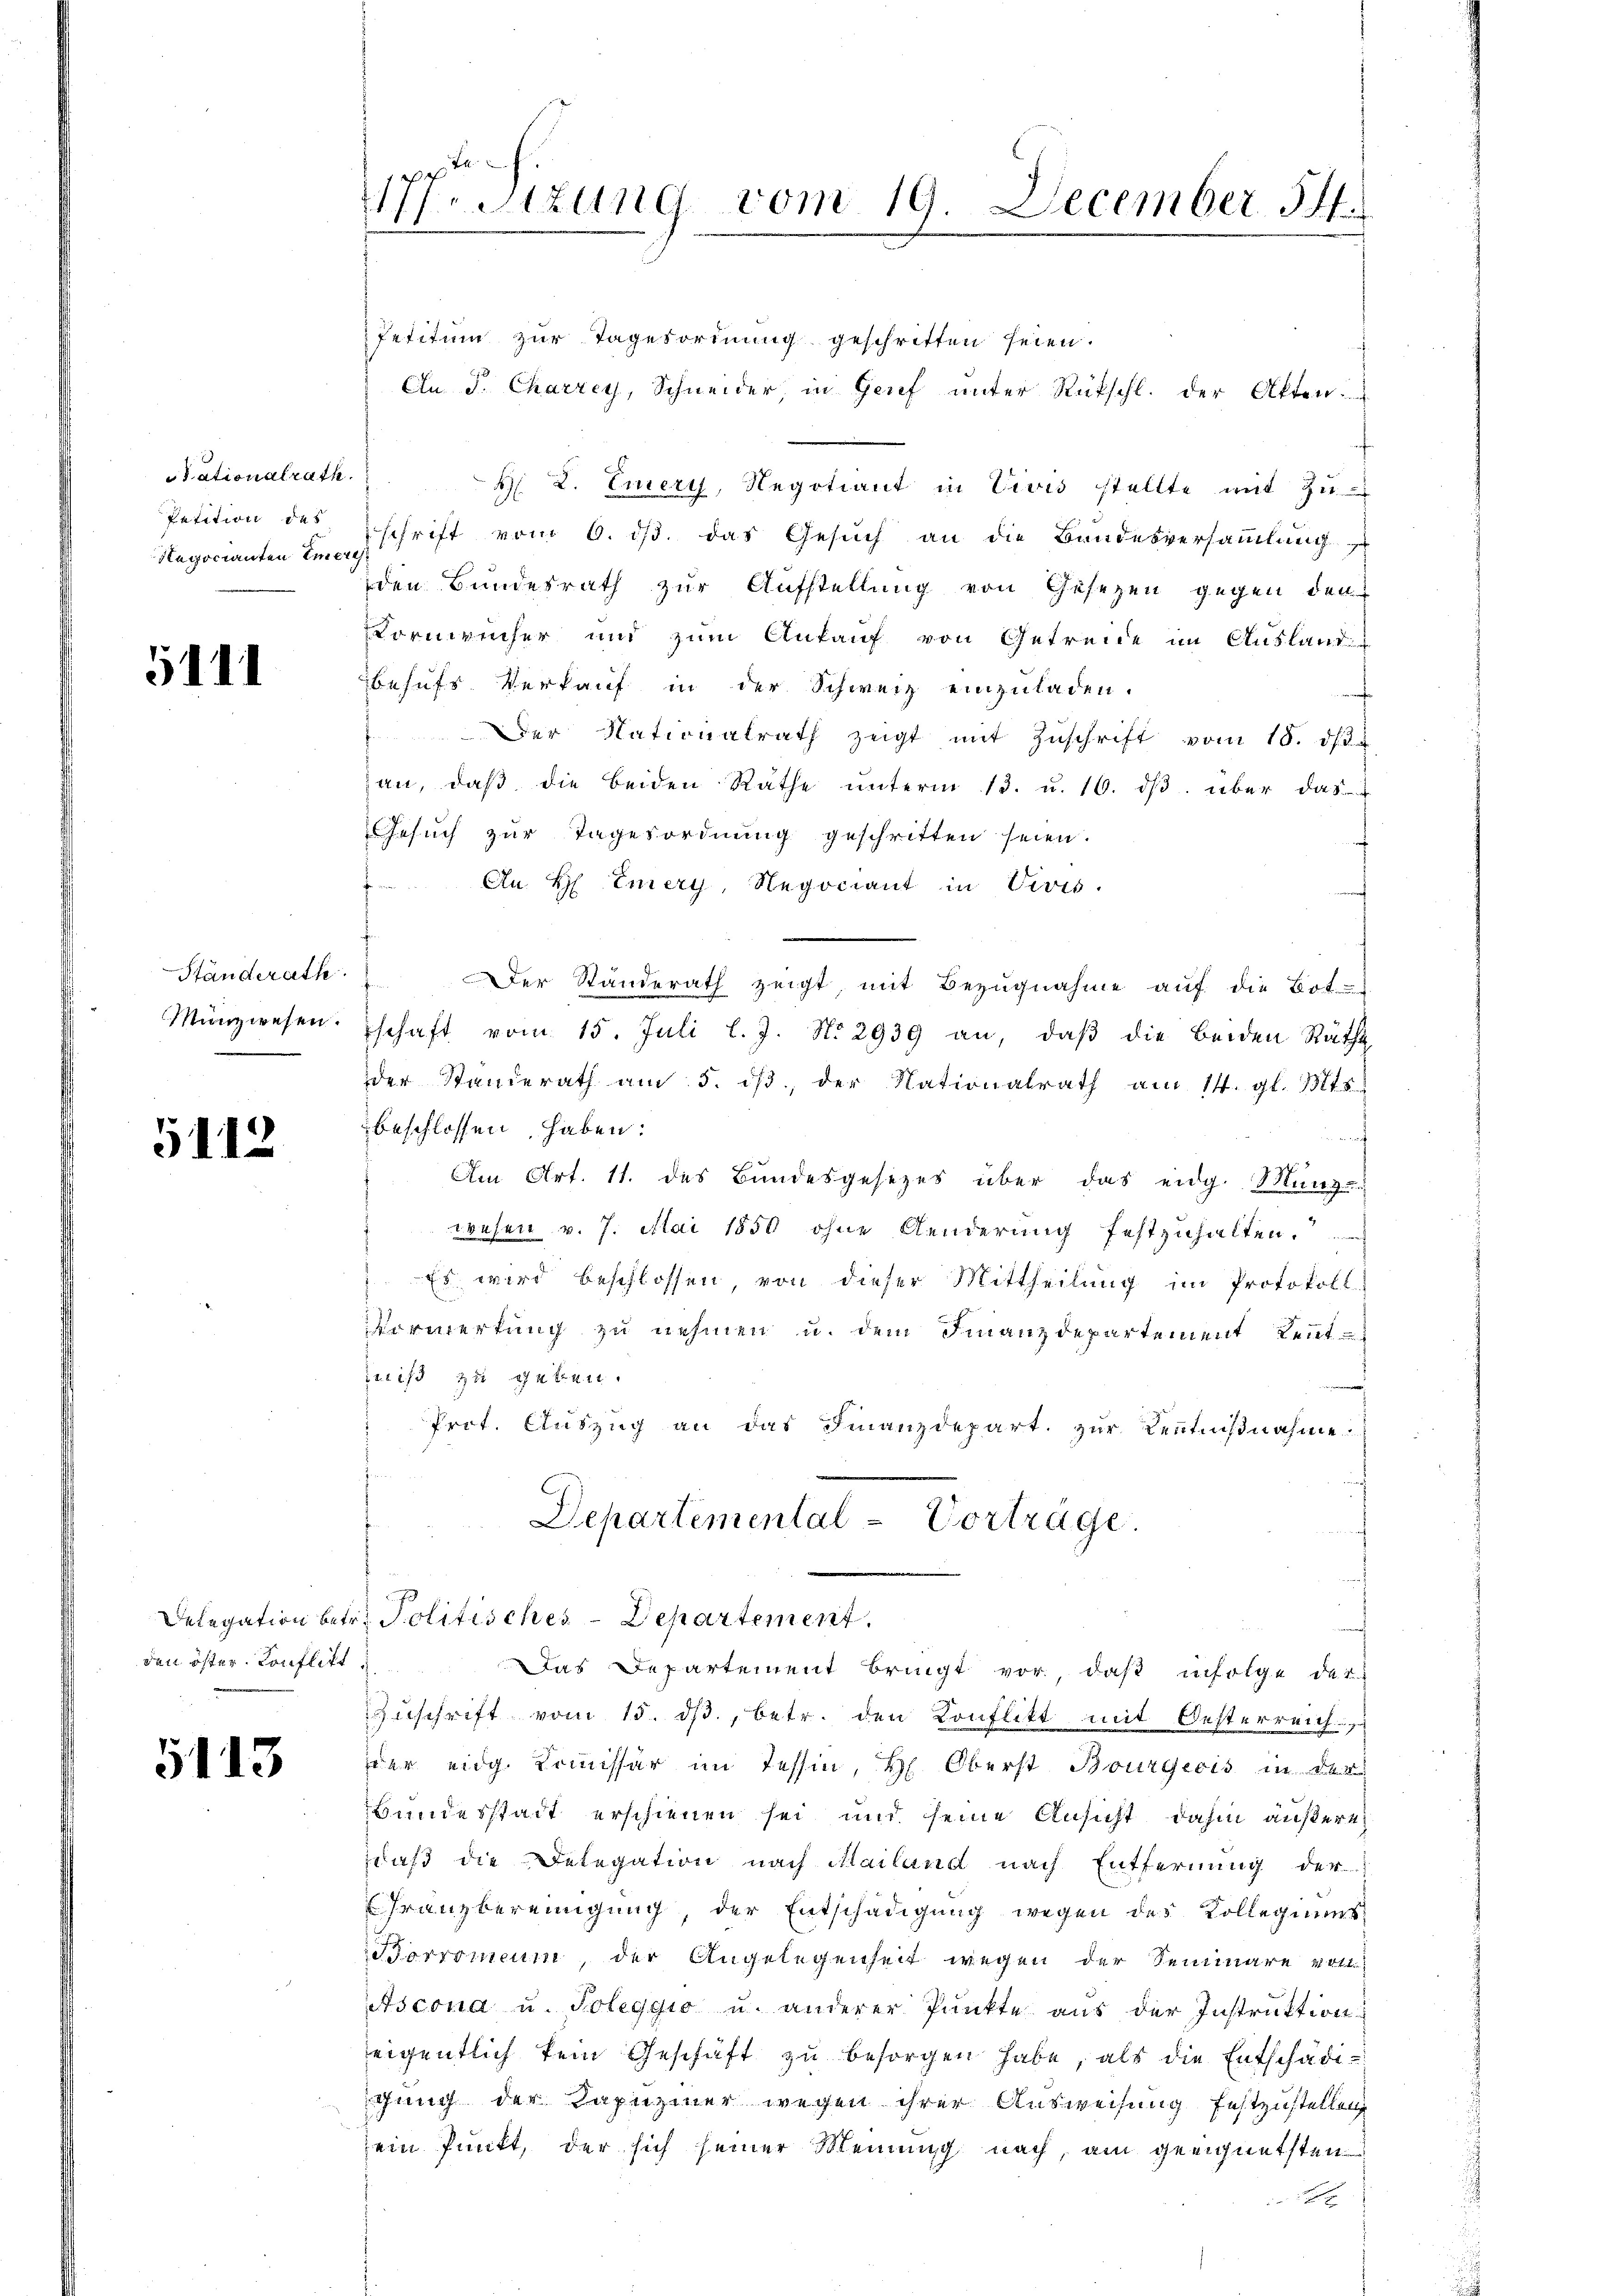
Stationalrath.
Petition des
Negocianten Emeri

5111

Ständerath.
Münzwesen.

5112

Delegation betr.
den öster Konflikt

5113

177. Sitzung vom 19. December 14.

Petitum zur Tagesordnung geschritten seien.
An P. Charrey, Schneider, in Grief unter Rückschl. der Akten
H. L. Emert, Negotiant in Vivis stellte mit zu
schrift vom 6. ds. das Gesuch an die Bandesversaṁlŭng
den Bundesrath zur Aufstellung von Gesetzen gegen den
Cornrecher und zum Ankauf von Getreide im Ausland
behufs Verkauf in der Schweiz einzuladen.
Der Nationalrath zeigt mit Zŭschrift vom 18. d.
an, daβ die beiden Rathe ŭnterm 13. u. 16. dβ über das
Gesuch zur Tagesordnung geschritten seien.
f
An H Emery, Negociant in Vevis.
Der Standerath zeigt, mit Bezugnahme auf die Bot
schaft vom 15. Juli l. J. No. 2939 an, daβ die beiden Räthe
der Standerath am 5. dβ, der Nationalrath am 14. gl. Mts.
beschlossen haben:
d
Am Art. 11. des Bundesgesezes über das eidg. Munz
wesen v. 7. Mai 1850 ohne Aenderung festzuhalten.
 Es wird beschlossen von dieser Mittheilung im Protokoll
Vormerkung zu nehmen u. dem Finanzdepartement Reutmniß zu geben.
Prot. Auszug an das Finanzdepart zur Kenntnißnahme:
Departemental - Vortrage.
Politisches-Departement.
Das Departement bringt vor, daß infolge das
Zŭschrift vom 15. dβ, betr. den Konflikt mit Oesterreich
der eidg. Komissär im Tessin, Hr. Oberst Bourgeois in der
Bundesstadt erschienen sei und seine Ansicht dahin äußere
daß die Delegation nach Mailand nach Entfernung der
Franzbereinigung der Entschädigung wegen des Kollegiums
Borromeum, der Angelegenheit wegen der Seminare von
Ascona u. Poleggio u. anderer Punkte aus der Instruktion
eigentlich kein Geschäft zŭ besorgen habe, als die Entschädigung der Kapuziner wegen ihrer Ausweisung festzustellen
ein Punkt, der sich seiner Meinung nach, am geeignetsten